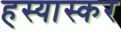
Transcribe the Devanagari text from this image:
हस्यास्कर